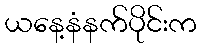
ယနေ့နံနက်ပိုင်းက